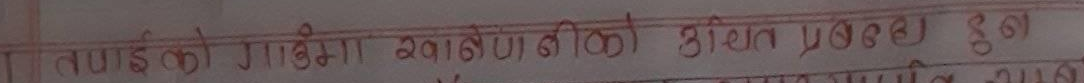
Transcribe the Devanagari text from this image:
तपाईको गाउँमा खानेपानीको दीगो व्यवस्था हुन